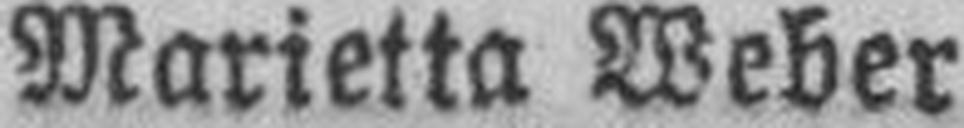
Marietta Weber